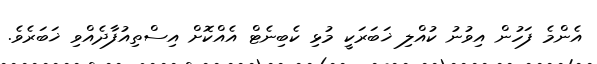
އެންމެ ފަހުން އިވުނު ކުއްލި ޚަބަރަކީ މުޅި ކެބިނެޓް އެއްކޮށް އިސްތިއުފާދެއްވި ޚަބަރެވެ.